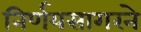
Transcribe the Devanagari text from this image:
निर्णयसागरने